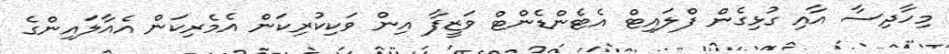
މިހާދިސާ އާއި ގުޅިގެން ފްލައިޓް އެޓެންޑެންޓް ވަޒީފާ އިން ވަކިކުރިކަން އެމެރިކަން އެއާލައިންގެ